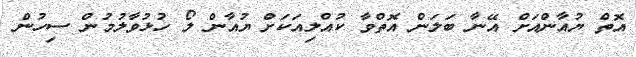
އޮތް ޔުއާންއަށް އޭނާ ބަލަން އޮތްވާ ކުއްލިއަކަށް ޔުއާން ލޯ ހުޅުވާލުމުން ސިހުން